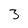
Character: 3